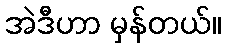
အဲဒီဟာ မှန်တယ်။